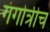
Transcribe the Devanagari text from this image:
गंगोत्रीच